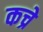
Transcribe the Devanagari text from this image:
कच्रे